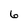
Character: 6